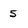
Character: 5